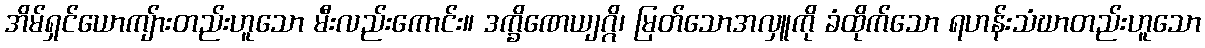
အိမ်ရှင်ယောကျ်ားတည်းဟူသော မီးလည်းကောင်း။ ဒက္ခိဏေယျဂ္ဂိ၊ မြတ်သောအလှူကို ခံထိုက်သော ရဟန်းသံဃာတည်းဟူသော